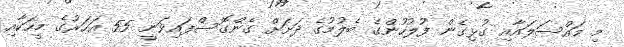
މި މައްސަލައާއި ގުޅިގެން ފުލުހުންގެ ބެލުމުގެ ދަށަށް ގެންގޮސްފައިވަނީ 55 އަހަރުގެ މީހަކާއި